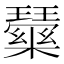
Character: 𭺒